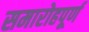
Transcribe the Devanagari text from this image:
समारोहपूर्ण